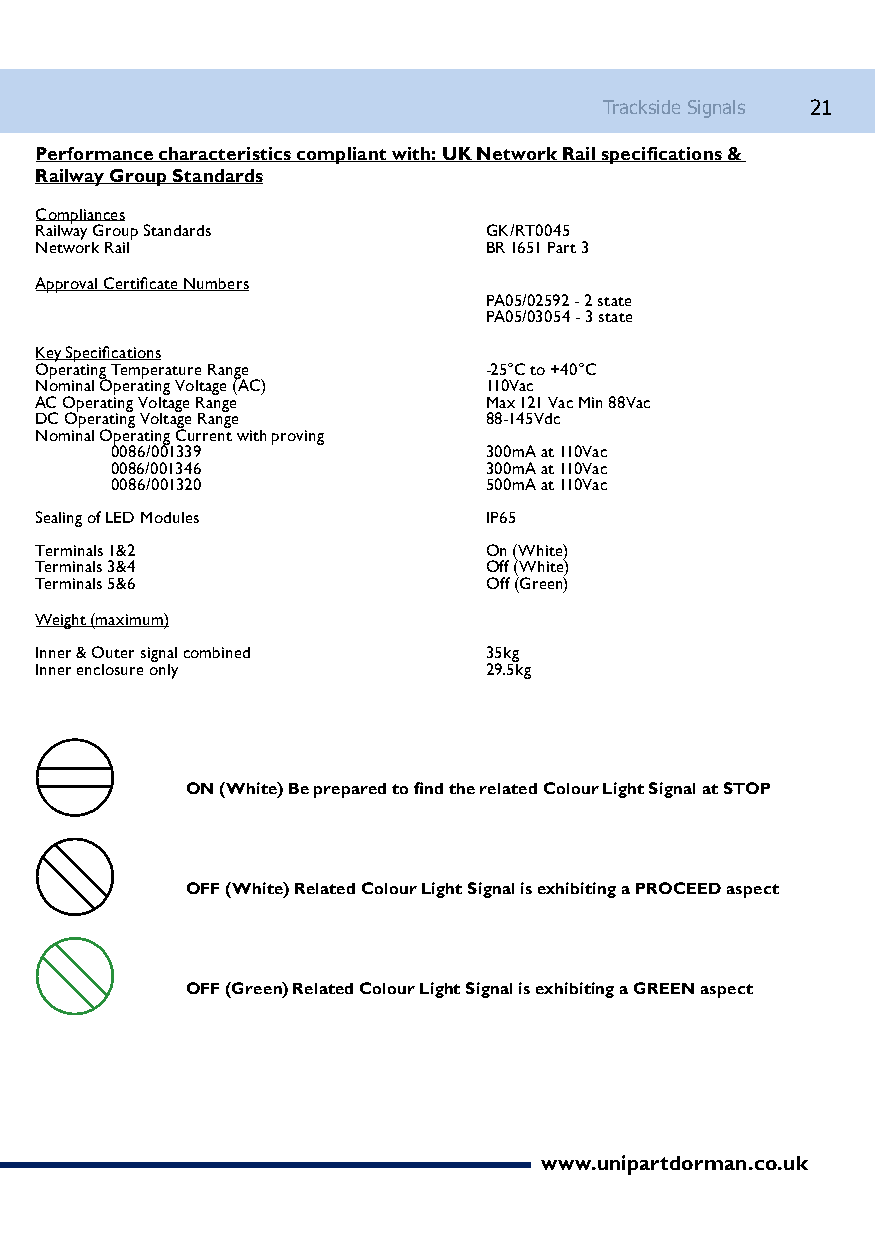
Trackside Signals 21
 Performance characteristics compliant with: UK Network Rail specifications &
 Railway Group Standards
 Compliances
 Railway Group Standards       GK/RT0045
 Network Rail                  BR 1651 Part 3
 Approval Certificate Numbers
 PA05/02592 - 2 state
 PA05/03054 - 3 state
 Key Specifications
 Operating Temperature Range   -25°C to +40°C
 Nominal Operating Voltage (AC) 110Vac
 AC Operating Voltage Range    Max 121 Vac Min 88Vac
 DC Operating Voltage Range    88-145Vdc
 Nominal Operating Current with proving
 0086/001339              300mA at 110Vac
 0086/001346              300mA at 110Vac
 0086/001320              500mA at 110Vac
 Sealing of LED Modules        IP65
 Terminals 1&2                 On (White)
 Terminals 3&4                 Off (White)
 Terminals 5&6                 Off (Green)
 Weight (maximum)
 Inner & Outer signal combined 35kg
 Inner enclosure only          29.5kg
 ON (White) Be prepared to find the related Colour Light Signal at STOP
 OFF (White) Related Colour Light Signal is exhibiting a PROCEED aspect
 OFF (Green) Related Colour Light Signal is exhibiting a GREEN aspect
 www.unipartdorman.co.uk